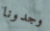
وجدونا